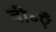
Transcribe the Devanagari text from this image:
बी॰एँ